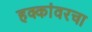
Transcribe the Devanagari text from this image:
हक्कांवरचा